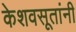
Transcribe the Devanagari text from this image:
केशवसूतांनी